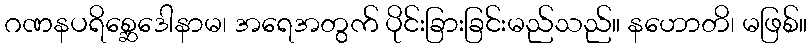
ဂဏနပရိစ္ဆေဒေါနာမ၊ အရေအတွက် ပိုင်းခြားခြင်းမည်သည်။ နဟောတိ၊ မဖြစ်။